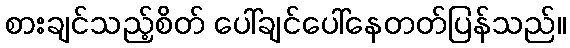
စားချင်သည့်စိတ် ပေါ်ချင်ပေါ်နေတတ်ပြန်သည်။